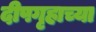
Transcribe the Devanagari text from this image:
दीपगृहाच्या